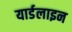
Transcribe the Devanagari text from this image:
यार्डलाइन